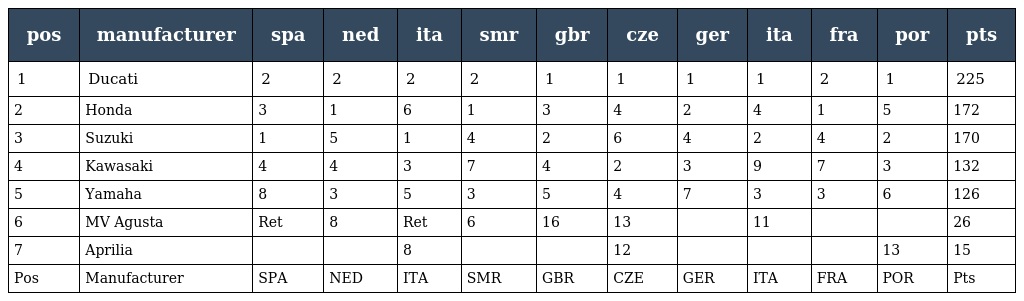
| pos | manufacturer | spa | ned | ita | smr | gbr | cze | ger | ita | fra | por | pts |
 | --- | --- | --- | --- | --- | --- | --- | --- | --- | --- | --- | --- | --- |
 | 1 | Ducati | 2 | 2 | 2 | 2 | 1 | 1 | 1 | 1 | 2 | 1 | 225 |
 | 2 | Honda | 3 | 1 | 6 | 1 | 3 | 4 | 2 | 4 | 1 | 5 | 172 |
 | 3 | Suzuki | 1 | 5 | 1 | 4 | 2 | 6 | 4 | 2 | 4 | 2 | 170 |
 | 4 | Kawasaki | 4 | 4 | 3 | 7 | 4 | 2 | 3 | 9 | 7 | 3 | 132 |
 | 5 | Yamaha | 8 | 3 | 5 | 3 | 5 | 4 | 7 | 3 | 3 | 6 | 126 |
 | 6 | MV Agusta | Ret | 8 | Ret | 6 | 16 | 13 |  | 11 |  |  | 26 |
 | 7 | Aprilia |  |  | 8 |  |  | 12 |  |  |  | 13 | 15 |
 | Pos | Manufacturer | SPA | NED | ITA | SMR | GBR | CZE | GER | ITA | FRA | POR | Pts |